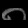
Digit: ၈